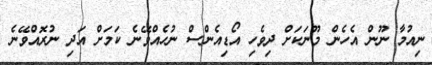
ނިއުމާ ނޫން އެހެން މޫނަކަށް ދިވެހި އޯޑިއެންސް ނުހެއްވޭނެ ކަމަށް އަދި ނުރޮއްވޭނެ